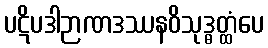
ပဋိပဒါဉာဏဒဿနဝိသုဒ္ဓတ္ထံပေ